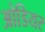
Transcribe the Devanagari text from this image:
ओडियर